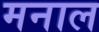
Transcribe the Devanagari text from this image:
मनाल